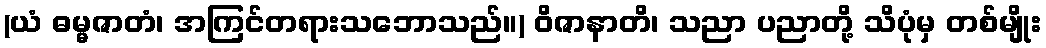
(ယံ ဓမ္မဇာတံ၊ အကြင်တရားသဘောသည်။) ဝိဇာနာတိ၊ သညာ ပညာတို့ သိပုံမှ တစ်မျိုး